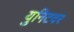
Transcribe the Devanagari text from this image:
युनिटवर